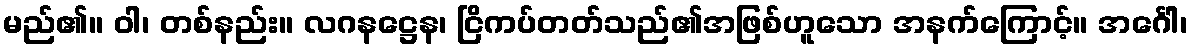
မည်၏။ ဝါ၊ တစ်နည်း။ လဂနဋ္ဌေန၊ ငြိကပ်တတ်သည်၏အဖြစ်ဟူသော အနက်ကြောင့်။ အင်္ဂေါ၊